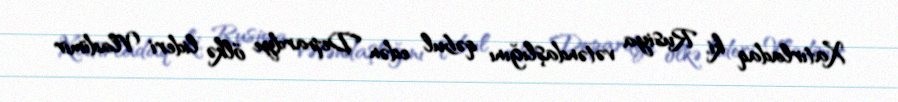
Xatırladaq ki, Rusiya vətəndaşlığını qəbul edən Depardye ölkə lideri Vladimir